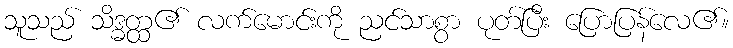
သူသည် သိဒ္ဓတ္ထ၏ လက်မောင်းကို ညင်သာစွာ ပုတ်ပြီး ပြောပြန်လေ၏။